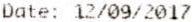
DATE: 12/09/2017